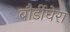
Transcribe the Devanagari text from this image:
बौर्डीघेरा